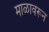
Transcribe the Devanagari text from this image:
माळावरून